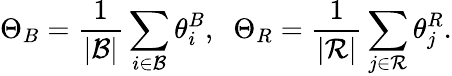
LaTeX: \Theta_{B}=\frac{1}{|{\cal{B}}|}\sum_{i\in{\cal{B}}}\theta_{i}^{B},\; \; \Theta_{R}=\frac{1}{|{\cal{R}}|}\sum_{j\in{\cal{R}}}\theta_{j}^{R}.